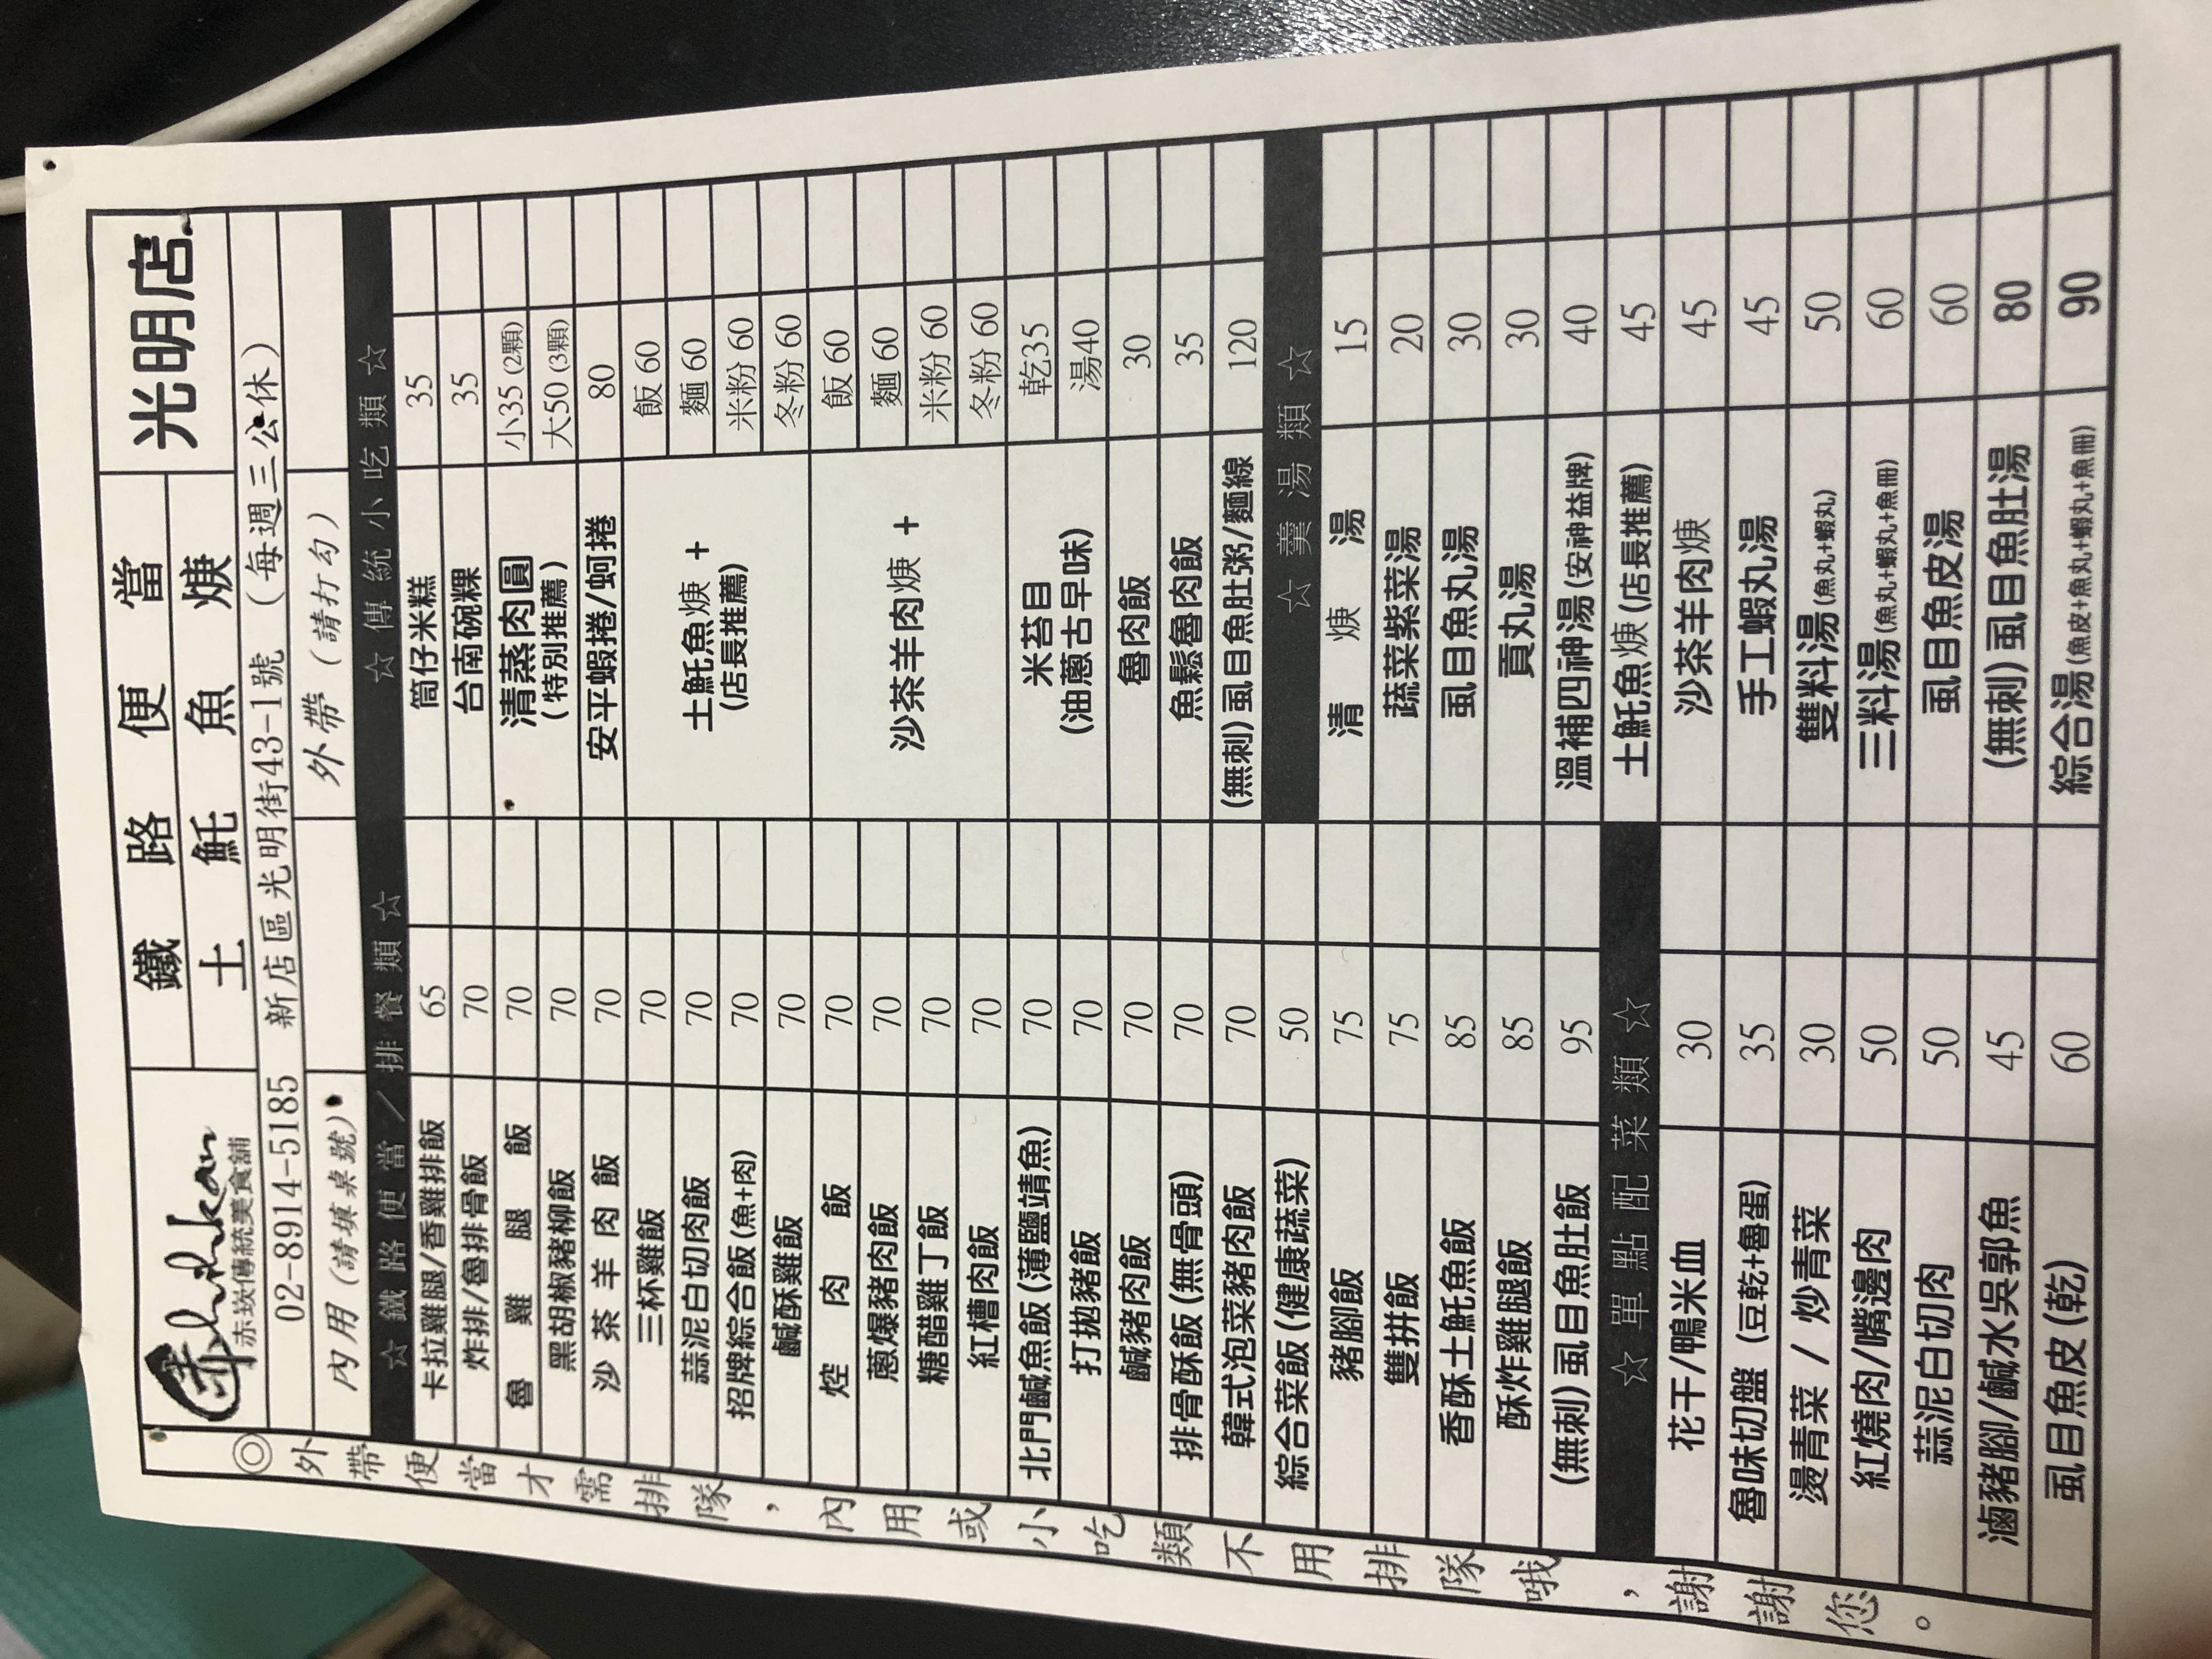
餐廳：赤崁傳統美食舖
地址：新店區光明街43-1號
電話：02-8914-5185
營業時間：每週三公休
菜單：
name: 卡拉雞腿/香雞排飯
price: 65
name: 炸排/魯排骨飯
price: 70
name: 魯雞腿飯
price: 70
name: 黑胡椒豬柳飯
price: 70
name: 沙茶羊肉飯
price: 70
name: 三杯雞飯
price: 70
name: 蒜泥白切肉飯
price: 70
name: 招牌綜合飯(魚+肉)
price: 70
name: 鹹酥雞飯
price: 70
name: 焢肉飯
price: 70
name: 蔥爆豬肉飯
price: 70
name: 糖醋雞丁飯
price: 70
name: 紅槽肉飯
price: 70
name: 北門鹹魚飯(薄鹽靖魚)
price: 70
name: 打拋豬飯
price: 70
name: 鹹豬肉飯
price: 70
name: 排骨酥飯(無骨頭)
price: 70
name: 韓式泡菜豬肉飯
price: 70
name: 綜合菜飯(健康蔬菜)
price: 50
name: 豬腳飯
price: 75
name: 雙拼飯
price: 75
name: 香酥土魠魚飯
price: 85
name: 酥炸雞腿飯
price: 85
name: (無刺)虱目魚肚飯
price: 95
name: 花干/鴨米血
price: 30
name: 魯味切盤(豆乾+魯蛋)
price: 35
name: 燙青菜/炒青菜
price: 30
name: 紅燒肉/嘴邊肉
price: 50
name: 蒜泥白切肉
price: 50
name: 滷豬腳/鹹水吳郭魚
price: 45
name: 虱目魚皮(乾)
price: 60
name: 筒仔米糕
price: 35
name: 台南碗粿
price: 35
name: 清蒸肉圓小(2顆)
price: 35
name: 清蒸肉圓大(3顆)
price: 50
name: 安平蝦捲/蚵捲
price: 80
name: 土魠魚焿(店長推薦)+飯
price: 60
name: 土魠魚焿(店長推薦)+麵
price: 60
name: 土魠魚焿(店長推薦)+米粉
price: 60
name: 土魠魚焿(店長推薦)+冬粉
price: 60
name: 沙茶羊肉焿+飯
price: 60
name: 沙茶羊肉焿+麵
price: 60
name: 沙茶羊肉焿+米粉
price: 60
name: 沙茶羊肉焿+冬粉
price: 60
name: 米苔目(油蔥古早味)乾
price: 35
name: 米苔目(油蔥古早味)湯
price: 40
name: 魯肉飯
price: 30
name: 魚鬆魯肉飯
price: 35
name: (無刺)虱目魚肚粥/麵線
price: 120
name: 清焿湯
price: 15
name: 蔬菜紫菜湯
price: 42
name: 虱目魚丸湯
price: 30
name: 貢丸湯
price: 30
name: 溫補四神湯(安神益牌)
price: 40
name: 土魠魚焿(店長推薦)
price: 45
name: 沙茶羊肉焿
price: 45
name: 手工蝦丸湯
price: 45
name: 雙料湯(魚丸+蝦丸)
price: 50
name: 三料湯(魚丸+蝦丸+魚冊)
price: 60
name: 虱目魚皮湯
price: 60
name: (無刺)虱目魚肚湯
price: 80
name: 綜合湯(魚皮+魚丸+鯛丸+魚冊)
price: 90